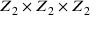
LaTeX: Z _ { 2 } \times Z _ { 2 } \times Z _ { 2 }